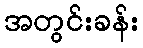
အတွင်းခန်း